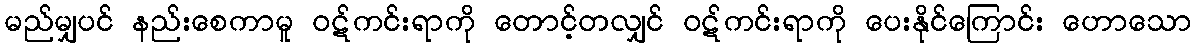
မည်မျှပင် နည်းစေကာမူ ဝဋ်ကင်းရာကို တောင့်တလျှင် ဝဋ်ကင်းရာကို ပေးနိုင်ကြောင်း ဟောသော